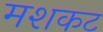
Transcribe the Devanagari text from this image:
मशकट